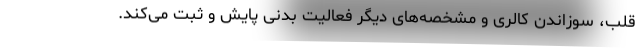
قلب، سوزاندن کالری و مشخصه‌های دیگر فعالیت بدنی پایش و ثبت می‌کند.